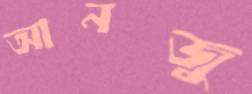
আনজু